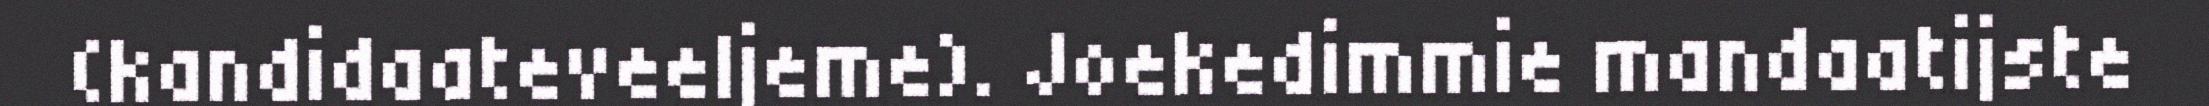
(kandidaateveeljeme). Joekedimmie mandaatijste